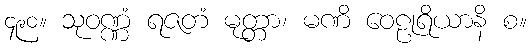
၄၉၀။ သုဝဏ္ဏံ ရဇတံ မုတ္တာ၊ မဏိ ဝေဠုရိယာနိ စ။